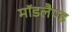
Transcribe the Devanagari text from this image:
मॉडलैण्ड